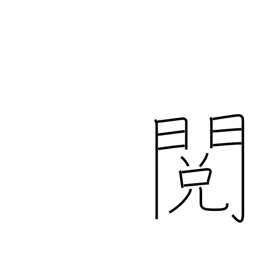
Meaning: revision